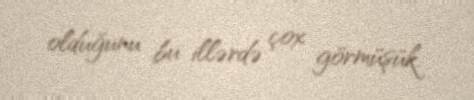
olduğunu bu illərdə çox görmüşük.